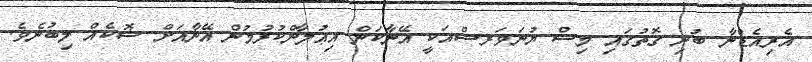
އެރިއެޑްނާ ބުނި ގޮތުގައި މިސް ޔުނަވަރސްއަކީ އޭނާކަން އިޢުލާންކުރުމުން އޭނާއަށް ޝޮކެއް ލިބުނެެވެ.